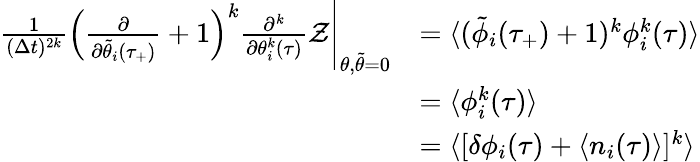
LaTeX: \begin{array}{rl}{\frac{1}{(\Delta t)^{2k}}\left(\frac{\partial}{\partial\tilde{\theta}_{i}(\tau_{+})}+1\right)^{k}\frac{\partial^{k}}{\partial\theta_{i}^{k}(\tau)}\mathcal{Z}\Bigg|_{\theta,\tilde{\theta}=0}}&{=\langle(\tilde{\phi}_{i}(\tau_{+})+1)^{k}\phi_{i}^{k}(\tau)\rangle}\\ &{=\langle\phi_{i}^{k}(\tau)\rangle}\\ &{=\langle[\delta\phi_{i}(\tau)+\langle n_{i}(\tau)\rangle]^{k}\rangle}\end{array}